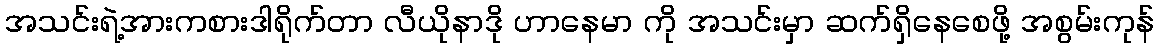
အသင်းရဲ့အားကစားဒါရိုက်တာ လီယိုနာဒို ဟာနေမာ ကို အသင်းမှာ ဆက်ရှိနေစေဖို့ အစွမ်းကုန်